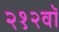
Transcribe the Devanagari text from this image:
२१२वॉ